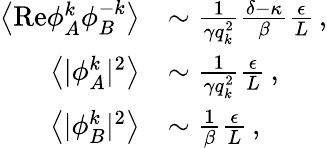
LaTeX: \begin{array}{rl}{\left\langle\mathrm{Re}{\phi}_{A}^{k}{\phi}_{B}^{-k}\right\rangle}&{\sim\frac{1}{\gamma q_{k}^{2}}\frac{\delta-\kappa}{\beta}\frac{\epsilon}{L}\, ,}\\ {\left\langle\vert{\phi}_{A}^{k}\vert^{2}\right\rangle}&{\sim\frac{1}{\gamma q_{k}^{2}}\frac{\epsilon}{L}\, ,}\\ {\left\langle\vert{\phi}_{B}^{k}\vert^{2}\right\rangle}&{\sim\frac{1}{\beta}\frac{\epsilon}{L}\, ,}\end{array}